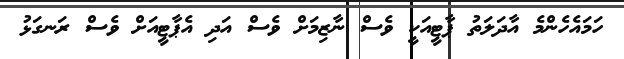
ހަމައެހެންމެ އާދަލަތު ޕާޓީއަކީ ވެސް ނާޒިމަށް ވެސް އަދި އެޕާޓީއަށް ވެސް ރަނގަޅު